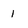
Character: 1